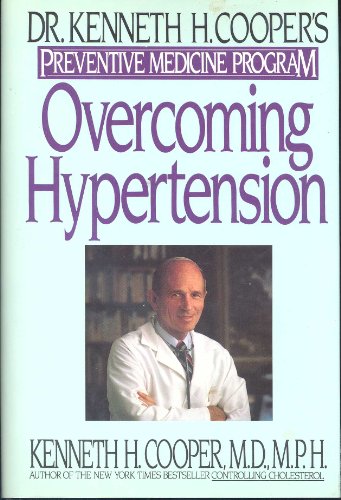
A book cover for Overcoming Hypertension: Dr. Kenneth H. Cooper's Preventive Medicine Program; Kenneth H. Cooper; Health, Fitness & Dieting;